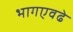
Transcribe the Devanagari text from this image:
भागएवढे